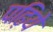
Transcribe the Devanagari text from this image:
पढ़िये